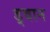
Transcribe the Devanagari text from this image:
ड्वान